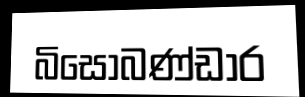
බිසෝබණ්ඩාර